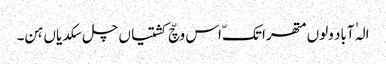
الہٰ آباد ولوں متھرا تکّ اس وچّ کشتیاں چل سکدیاں ہن۔